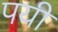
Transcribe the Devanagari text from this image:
पयी